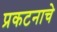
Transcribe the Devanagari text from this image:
प्रकटनाचे